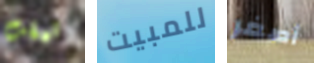
تبقت للمبيت أصغر